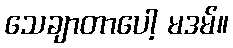
သေချာတာပေါ့ မဒမ်။